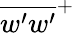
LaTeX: \overline{{w^{\prime}w^{\prime}}}^{+}